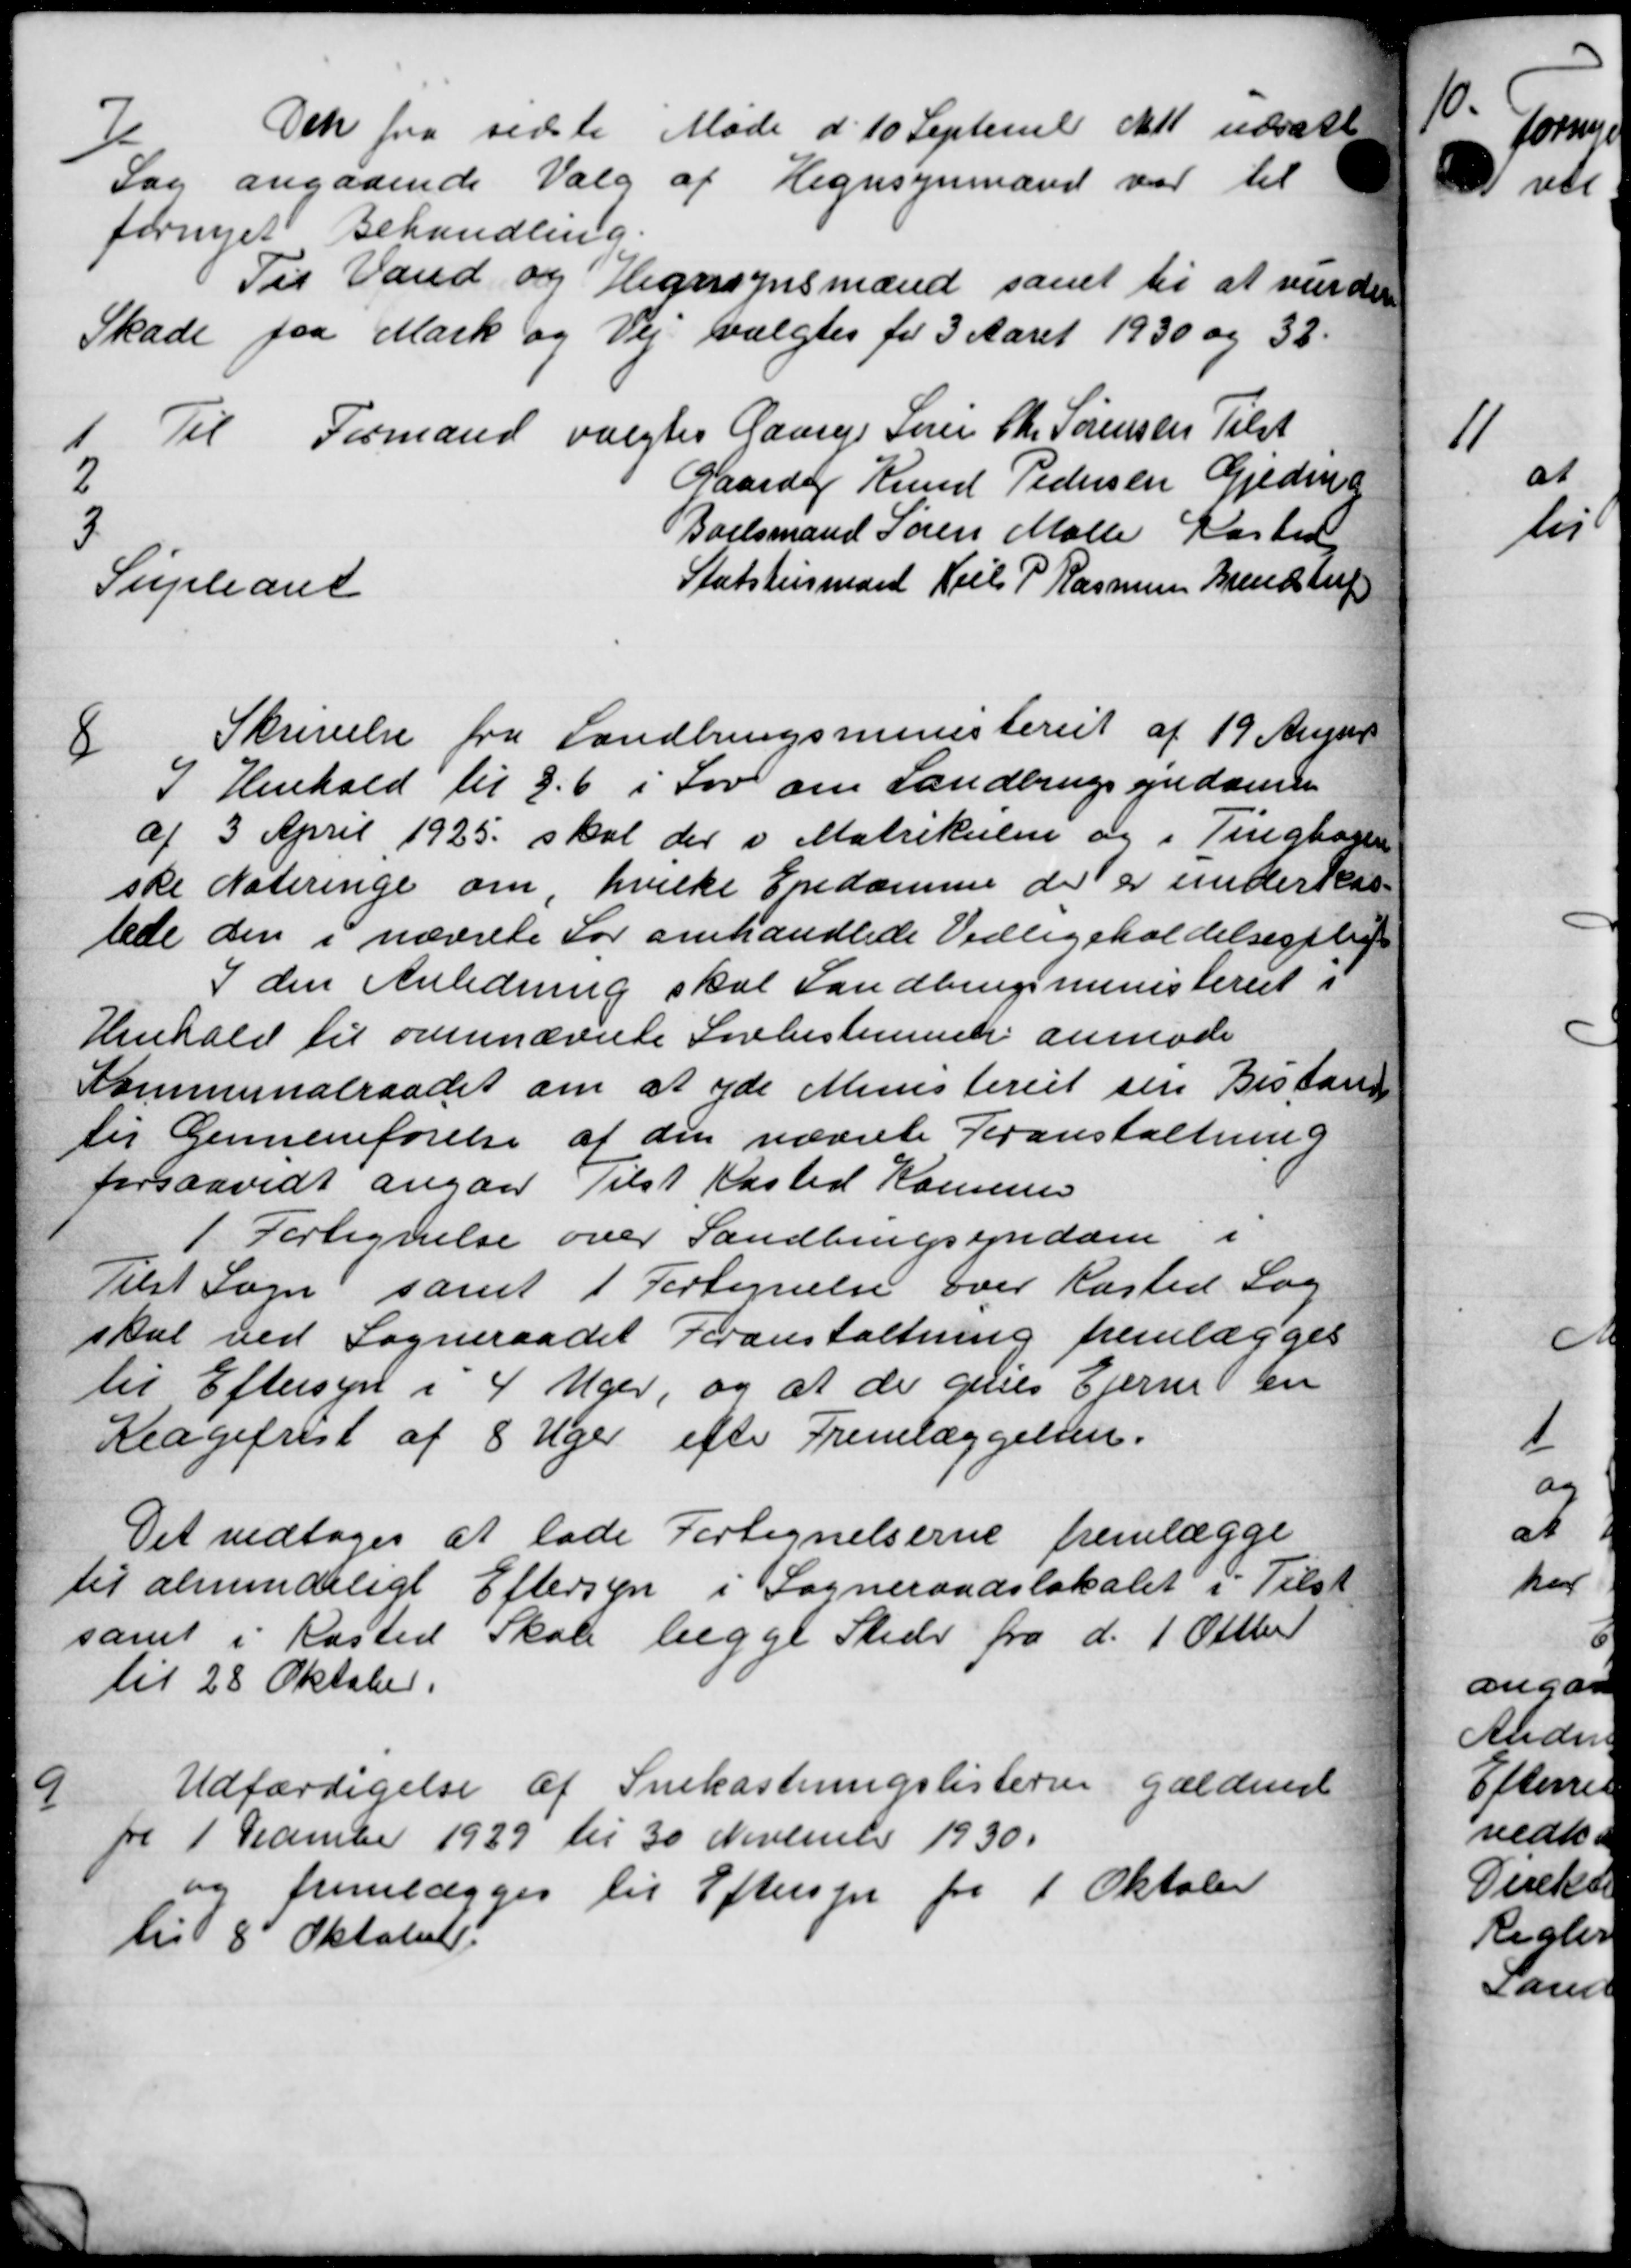
Transskription:
7
Den fra sidste Møde d. 10 Septemb at udsatt
Sag angaaende Valg af Hegnsynmænd var til
fornyet Behandling.
Til Vand og Hegnsynsmænd samt til at vurder
Skade fra Mark og Vej valgtes for 3 Aaret 1930 og 32.
1 Til Formand valgtes Gaars Søren Chr. Sørensen Tilst
2 Gaardej Knud Pedersen Gjede
3 Boelsmand Søren Mølle Kasted
Supleant Statshusmand Niels P Rasmusse Brendstrup
8
Skrivelse fra Landbrugsministeriet af 19 Augus
I Henhold til 3,6 i Lov om Landbrugsejendomm
af 3 April 1925 skal der i Matrikulen og i Tingbogen
ske Noteringe om, hvilke Epedamme der er underkas-
lede den i nævnte Lor omhandlede Vedligeholdelsesplig
I den Anledning skal Landbrugsministeriet i
Henhold til ovennævnte Lovbestemmer anmode
Kommunalraadet om at yde Ministeriet sin Bistand
til Gennemførelse af den nævnte Foranstaltning
forsaavidt angaa Tilst Kasted Kommune
1 Fortegnelse over Landbrugsyndam i
Tilst Sogn samt 1 Fortegnelse over Kasted Sog
skal ved Sogneraadet Foranstaltning fremlægges
til Eftersyn i 4 Uger, og at de gives Ejerne en
Klagefrest af 8 Uger efter Fremlæggelsen.
Det vedtoges at lade Fortegnelserne fremlægge
til almindeligt Eftersyn i Sogneraadslokalet i Tilsk
samt i Kasted Skole begge Stede fra d. 1 Oktber
til 28 Oktober
9
Udfærdigelse af Snekastningslisterne gældenes
fra 1 December 1929 til 30 November 1930.
og fremlægges til Eftersyn fra 1 Oktober
til 8 Oktober.